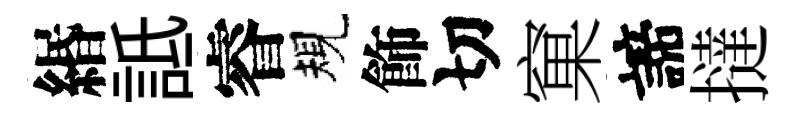
緡詆睿規飾切窠諦撻